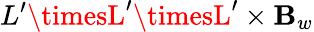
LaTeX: L^{\prime}\timesL^{\prime}\timesL^{\prime}\times\mathbf{B}_{w}